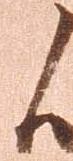
候